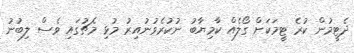
ދެޓީމުން ކުރެ ޓީމަކަށް ގޯލެއް ކާމިޔާބު ނުކުރެވުނުއިރު މުޅި މެޗުގައި ވެސް ލިބުނު